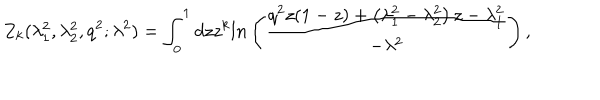
Z _ { k } ( \lambda _ { 1 } ^ { 2 } , \lambda _ { 2 } ^ { 2 } , q ^ { 2 } ; \lambda ^ { 2 } ) = \int _ { 0 } ^ { 1 } d z z ^ { k } l n \left( \frac { q ^ { 2 } z ( 1 - z ) + \left( \lambda _ { 1 } ^ { 2 } - \lambda _ { 2 } ^ { 2 } \right) z - \lambda _ { 1 } ^ { 2 } } { - \lambda ^ { 2 } } \right) ,